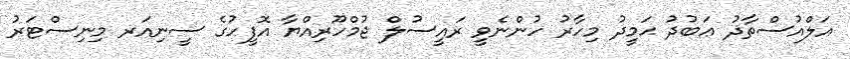
އަލްއުސްތާޛު ޢަބުދު ޙަމީދު މިހާރު ހުންނެވީ ރައީސުލް ޖުމްހޫރިއްޔާ އޮފީހުގެ ސީނިއަރ މިނިސްޓަރު